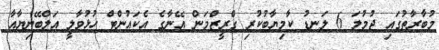
މުބާރާތުގައި ޖުމުލަ 6 ލަނޑު ކާމިޔާބުކުރި ގްރީޒްމަން އޭނާގެ އެކައުންޓް ހުޅުވާލީ އަލްބޭނިޔާއާ